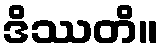
ဒိဿတိ။